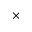
\times